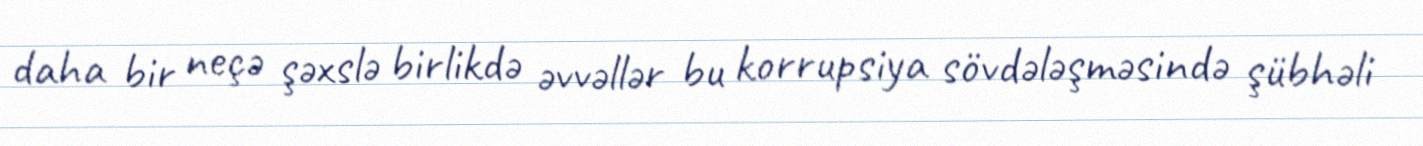
daha bir neçə şəxslə birlikdə əvvəllər bu korrupsiya sövdələşməsində şübhəli